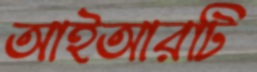
আইআরটি